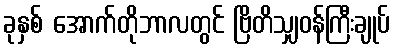
ခုနှစ် အောက်တိုဘာလတွင် ဗြိတိသျှဝန်ကြီးချုပ်